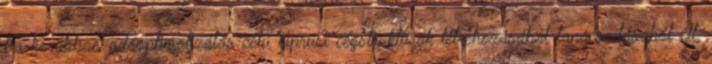
ha korábban adóoptimalizálás célú ciprusi cégstruktúrák létrehozásából tanácsadásából élt,